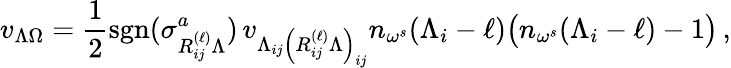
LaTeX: v_{\Lambda\Omega}=\frac{1}{2}\mathrm{{sgn}}(\sigma_{R_{ij}^{(\ell)}\Lambda}^{a})\, v_{\Lambda_{ij}\left(R_{ij}^{(\ell)}\Lambda\right)_{ij}}n_{\omega^{s}}(\Lambda_{i}-\ell)\bigl(n_{\omega^{s}}(\Lambda_{i}-\ell)-1\bigr)\, ,